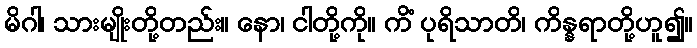
မိဂါ၊ သားမျိုးတို့တည်း။ နော၊ ငါတို့ကို။ ကိံ ပုရိသာတိ၊ ကိန္နရာတို့ဟူ၍။